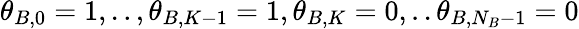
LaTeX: \theta_{B,0}=1,..,\theta_{B,K-1}=1,\theta_{B,K}=0,..\theta_{B,N_{B}-1}=0